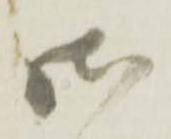
御